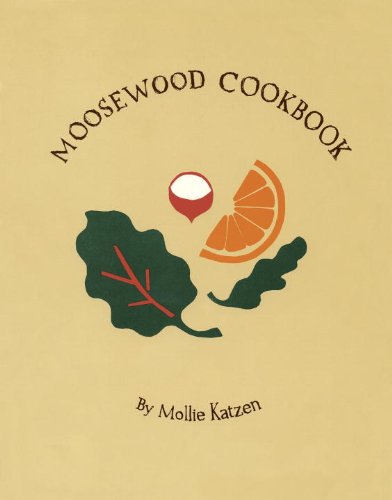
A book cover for The Moosewood Cookbook: Recipes from Moosewood Restaurant, Ithaca, New York; Mollie Katzen; Health, Fitness & Dieting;